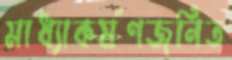
মাধ্যাকর্ষণজনিত